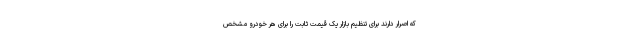
که اصرار دارند برای تنظیم بازار یک قیمت ثابت را برای هر خودرو مشخص